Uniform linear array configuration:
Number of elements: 24
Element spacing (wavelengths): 0.5
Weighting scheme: cosine
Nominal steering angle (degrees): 15
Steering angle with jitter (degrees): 14.865
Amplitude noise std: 0.05
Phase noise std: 0.05

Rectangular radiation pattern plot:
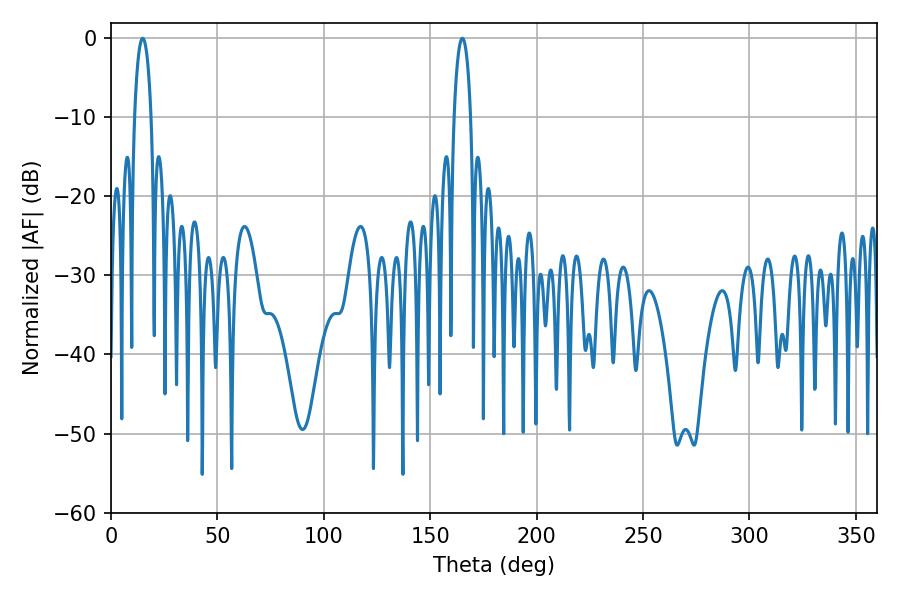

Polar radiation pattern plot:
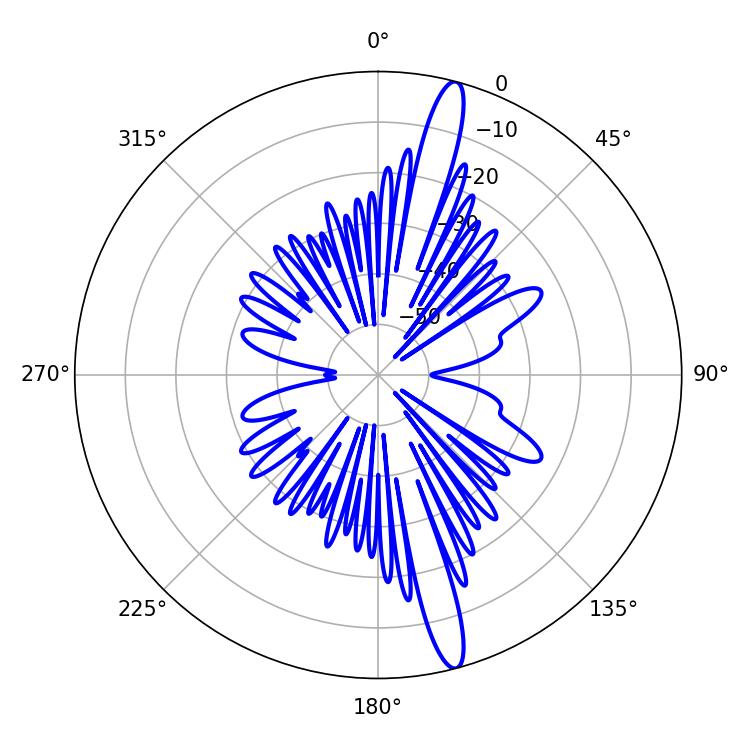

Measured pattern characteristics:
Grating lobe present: FALSE
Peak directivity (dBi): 16.479
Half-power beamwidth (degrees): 4.32
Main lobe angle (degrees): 14.94